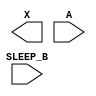
module sky130_fd_sc_lp__inputiso0n (
    X      ,
    A      ,
    SLEEP_B
);

    output X      ;
    input  A      ;
    input  SLEEP_B;

    // Voltage supply signals
    supply1 VPWR;
    supply0 VGND;
    supply1 VPB ;
    supply0 VNB ;

endmodule